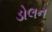
ડોલન